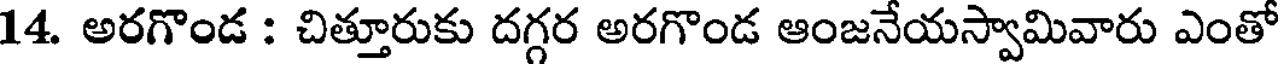
14. అరగొండ : చిత్తూరుకు దగ్గర అరగొండ ఆంజనేయస్వామివారు ఎంతో